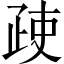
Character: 𱱇